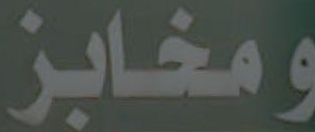
ومخابز